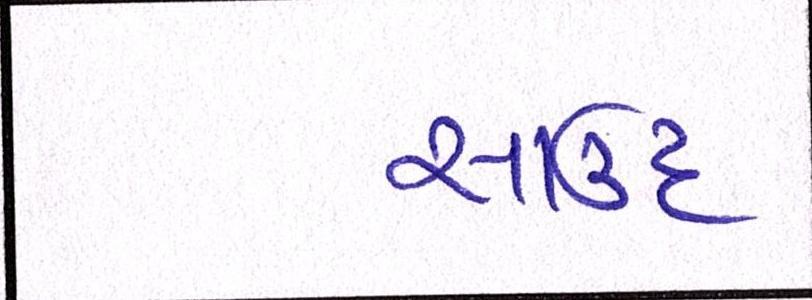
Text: સાઉદ